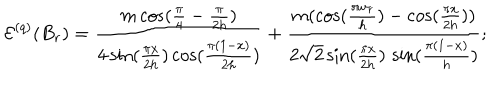
\mathcal { E } ^ { ( q ) } ( B _ { r } ) = \frac { m \cos ( \frac { \pi } { 4 } - \frac { \pi } { 2 h } ) } { 4 \sin ( \frac { \pi x } { 2 h } ) \cos ( \frac { \pi ( 1 - x ) } { 2 h } ) } + \frac { m ( \cos ( \frac { \pi w _ { r } } { h } ) - \cos ( \frac { \pi x } { 2 h } ) ) } { 2 \sqrt { 2 } \sin ( \frac { \pi x } { 2 h } ) \, \sin ( \frac { \pi ( 1 - x ) } { h } ) } ;